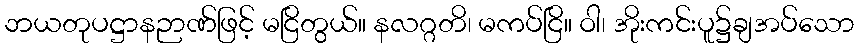
ဘယတုပဋ္ဌာနဉာဏ်ဖြင့် မငြိတွယ်။ နလဂ္ဂတိ၊ မကပ်ငြိ။ ဝါ၊ အိုးကင်းပူ၌ချအပ်သော